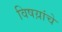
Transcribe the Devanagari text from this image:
विषय़ांचे